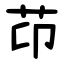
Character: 䒢